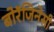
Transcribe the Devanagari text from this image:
बोरॅजिनेसी